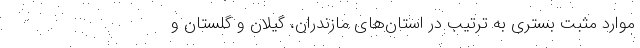
موارد مثبت بستری به ترتیب در استان‌های مازندران، گیلان و گلستان و